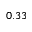
0 . 3 3